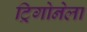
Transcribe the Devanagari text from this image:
ट्रिगोनेला